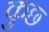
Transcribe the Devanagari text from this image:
कुछ्‍